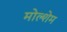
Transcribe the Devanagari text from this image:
मोल्शेम